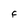
Character: F